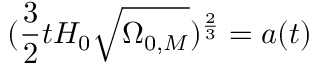
( { \frac { 3 } { 2 } } t H _ { 0 } { \sqrt { \Omega _ { 0 , M } } } ) ^ { \frac { 2 } { 3 } } = a ( t )